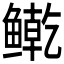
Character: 𲍘